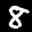
Label: 8